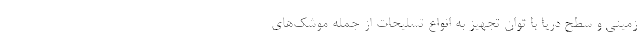
زمینی و سطح دریا با توان تجهیز به انواع تسلیحات از جمله موشک‌های